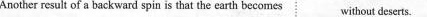
Another result of a backward spin is that the earth becomes without deserts.